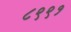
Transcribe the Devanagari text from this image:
८९९१